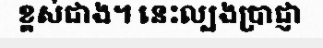
ខ្ពស់ជាង។ នេះល្បងប្រាជ្ញា